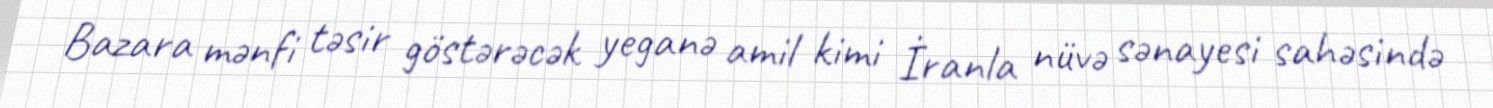
Bazara mənfi təsir göstərəcək yeganə amil kimi İranla nüvə sənayesi sahəsində